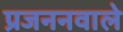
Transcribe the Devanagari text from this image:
प्रजननवाले